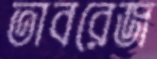
তাবরেজ